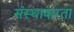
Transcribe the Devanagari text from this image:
संस्थाकरता